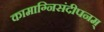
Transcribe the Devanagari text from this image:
कामाग्निसंदीपनम्